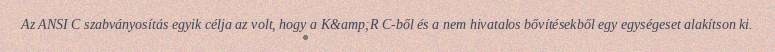
Az ANSI C szabványosítás egyik célja az volt, hogy a K&amp;R C-ből és a nem hivatalos bővítésekből egy egységeset alakítson ki.